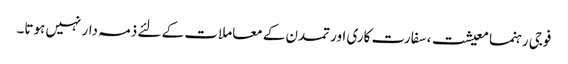
فوجی رہنما معیشت، سفارت کاری اور تمدن کے معاملات کے لئے ذمہ دار نہیں ہوتا۔